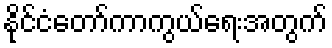
နိုင်ငံတော်ကာကွယ်ရေးအတွက်